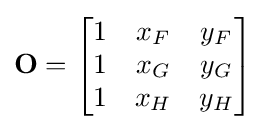
\mathbf {O} ={\begin{bmatrix}1&x_{F}&y_{F}\\1&x_{G}&y_{G}\\1&x_{H}&y_{H}\end{bmatrix}}